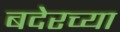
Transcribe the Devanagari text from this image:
बदेरच्या